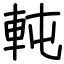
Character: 軘